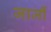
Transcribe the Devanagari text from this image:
जार्जी